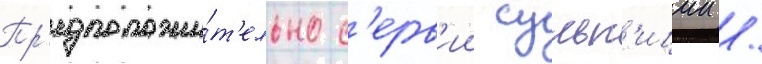
Пр'едположи́т'ельно с'ерв'ии сульп'иции /